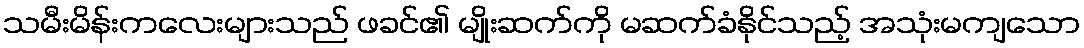
သမီးမိန်းကလေးများသည် ဖခင်၏ မျိုးဆက်ကို မဆက်ခံနိုင်သည့် အသုံးမကျသော